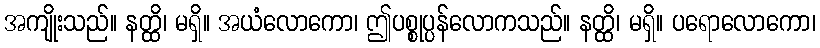
အကျိုးသည်။ နတ္ထိ၊ မရှိ။ အယံလောကော၊ ဤပစ္စုပ္ပန်လောကသည်။ နတ္ထိ၊ မရှိ။ ပရောလောကော၊